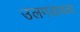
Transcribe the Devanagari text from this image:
उलगडायला